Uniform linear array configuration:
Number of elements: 16
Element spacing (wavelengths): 1
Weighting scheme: uniform
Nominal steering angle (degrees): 30
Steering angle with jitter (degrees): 28.923
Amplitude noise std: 0.05
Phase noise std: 0.05

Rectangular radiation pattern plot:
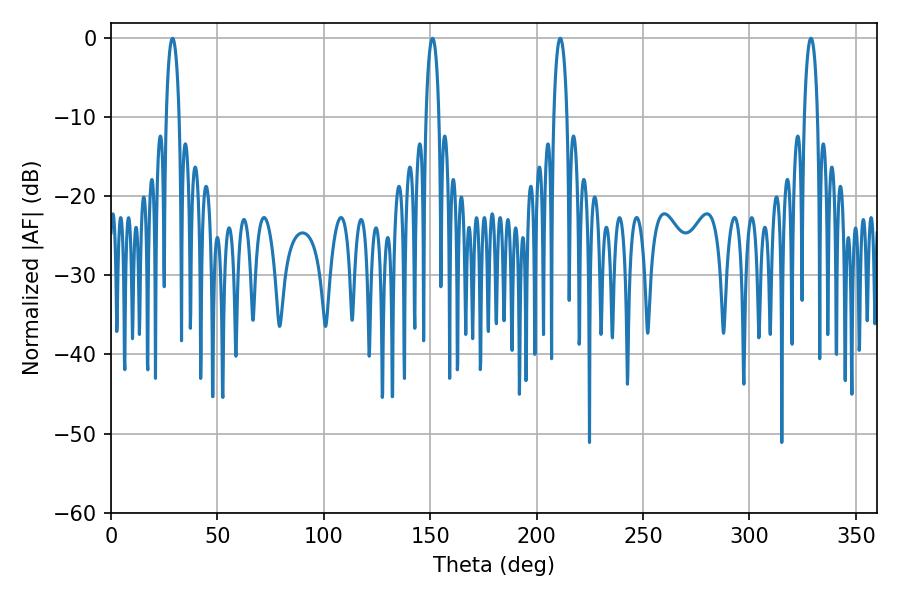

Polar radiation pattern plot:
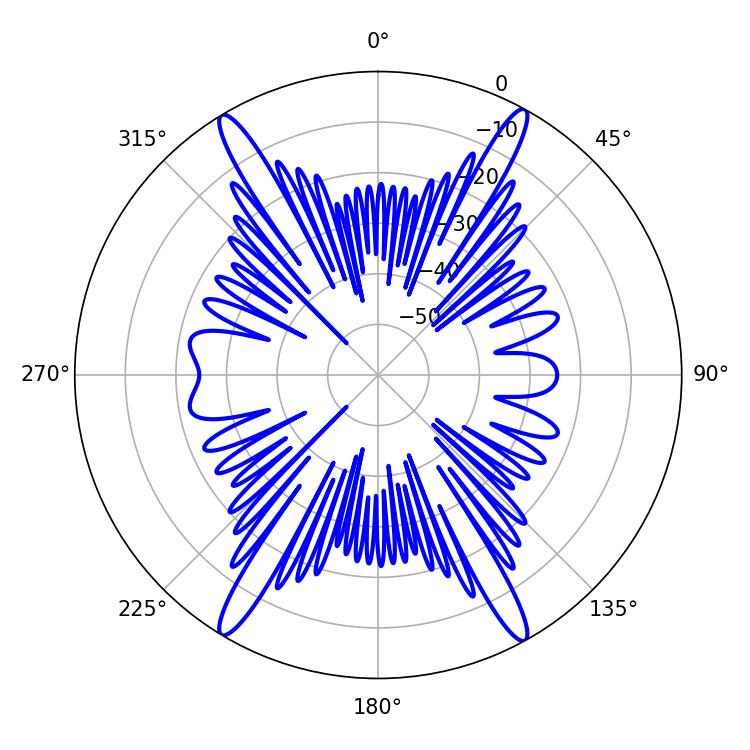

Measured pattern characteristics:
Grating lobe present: TRUE
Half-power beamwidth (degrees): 3.6
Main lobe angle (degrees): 211.14